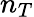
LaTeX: n_{T}